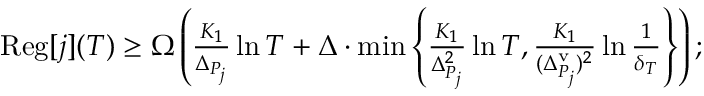
\begin{array} { r } { \mathrm { R e g } [ j ] ( T ) \ge \Omega \left( \frac { K _ { 1 } } { \Delta _ { P _ { j } } } \ln T + \Delta \cdot \operatorname* { m i n } \left\{ \frac { K _ { 1 } } { \Delta _ { P _ { j } } ^ { 2 } } \ln T , \frac { K _ { 1 } } { ( \Delta _ { P _ { j } } ^ { \mathrm { v } } ) ^ { 2 } } \ln \frac { 1 } { \delta _ { T } } \right\} \right) ; } \end{array}